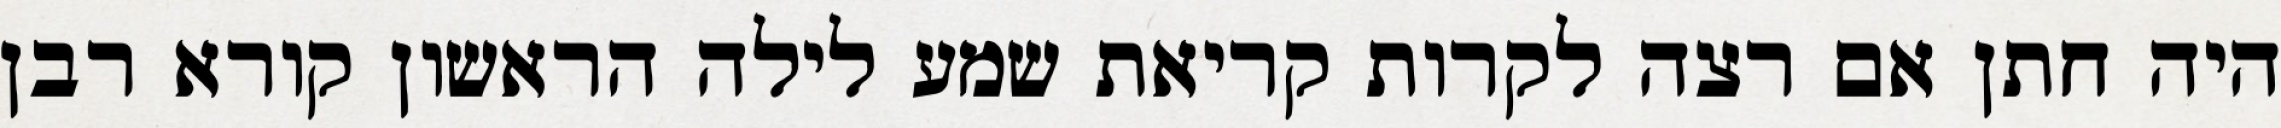
היה חתן אם רצה לקרות קריאת שמע לילה הראשון קורא רבן